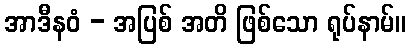
အာဒီနဝံ - အပြစ် အတိ ဖြစ်သော ရုပ်နာမ်။